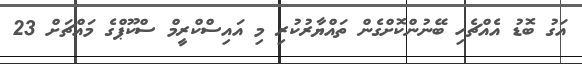
އަގު ބޮޑު އެއްޗެހި ބޭނުންކޮށްގެން ތައްޔާރުކުރި މި އައިސްކްރީމް ސްކޫޕްގެ މައްޗަށް 23